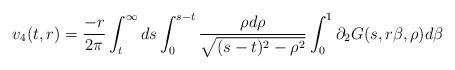
LaTeX: \begin{align*} v_{4}(t,r) &=\frac{-r}{2\pi} \int_{t}^{\infty} ds \int_{0}^{s-t} \frac{\rho d\rho}{\sqrt{(s-t)^{2}-\rho^{2}}} \int_{0}^{1} \partial_{2}G(s,r\beta,\rho) d\beta\end{align*}